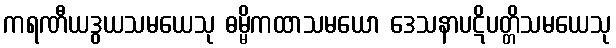
ကရဏီယဒွယသမယေသု ဓမ္မိကထာသမယော ဒေသနာပဋိပတ္တိသမယေသု